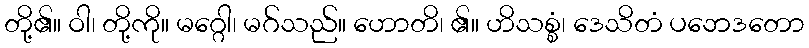
တို့၏။ ဝါ၊ တို့ကို။ မဂ္ဂေါ၊ မဂ်သည်။ ဟောတိ၊ ၏။ ဟိသစ္စံ၊ ဒေသိတံ ပဘေဒတော